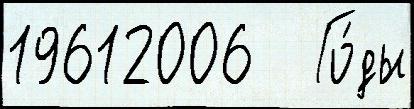
19612006   Го́ды